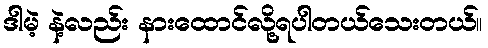
ဒါမဲ့ နဲ့လည်း နားထောင်လို့ရပါတယ်သေးတယ်။